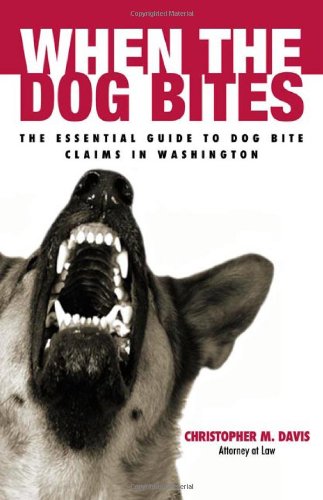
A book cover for When the Dog Bites: the Essential Guide to Dog Bite Claims in Washington; Christopher M. Davis; Law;